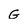
Character: G